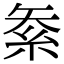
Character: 𥿅